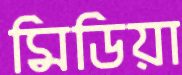
মিডিয়া